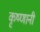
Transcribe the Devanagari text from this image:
कृष्णानी